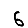
Digit: 6